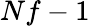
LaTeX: Nf-1